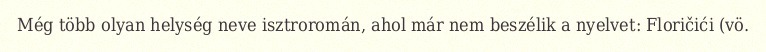
Még több olyan helység neve isztroromán, ahol már nem beszélik a nyelvet: Floričići (vö.